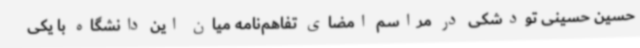
حسین حسینی تودشکی در مراسم امضای تفاهم‌نامه میان این دانشگاه با یکی